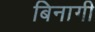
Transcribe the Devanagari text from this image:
बिनागी